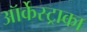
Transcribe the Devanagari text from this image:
ऑर्केस्ट्राका